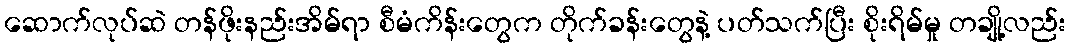
ဆောက်လုပ်ဆဲ တန်ဖိုးနည်းအိမ်ရာ စီမံကိန်းတွေက တိုက်ခန်းတွေနဲ့ ပတ်သက်ပြီး စိုးရိမ်မှု တချို့လည်း